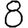
Digit: 8